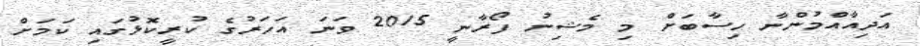
އަދިއާއްމުންނާ ހިސާބަށް މި މެޝިނު ފޯރާނީ 2015 ވަނަ އަހަރުގެ ކުރީކޮޅުގައި ކަމަށް